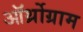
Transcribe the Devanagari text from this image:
ऑर्थ्रोग्राम